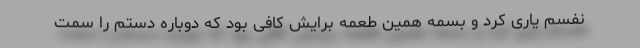
نفسم یاری کرد و بسمه همین طعمه برایش کافی بود که دوباره دستم را سمت